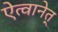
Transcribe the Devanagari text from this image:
ऐत्वानेत्